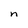
Character: n